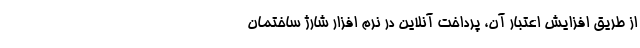
از طریق افزایش اعتبار آن، پرداخت آنلاین در نرم افزار شارژ ساختمان